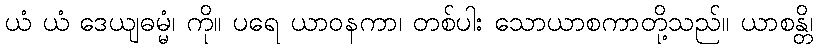
ယံ ယံ ဒေယျဓမ္မံ၊ ကို။ ပရေ ယာဝနကာ၊ တစ်ပါး သောယာစကာတို့သည်။ ယာစန္တိ၊